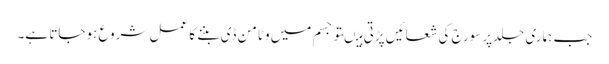
جب ہماری جلدپرسورج کی شعائیں پڑتی ہیںتو جسم میں وٹامن ڈی بننے کا عمل شروع ہوجاتا ہے۔